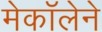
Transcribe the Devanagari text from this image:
मेकॉलेने